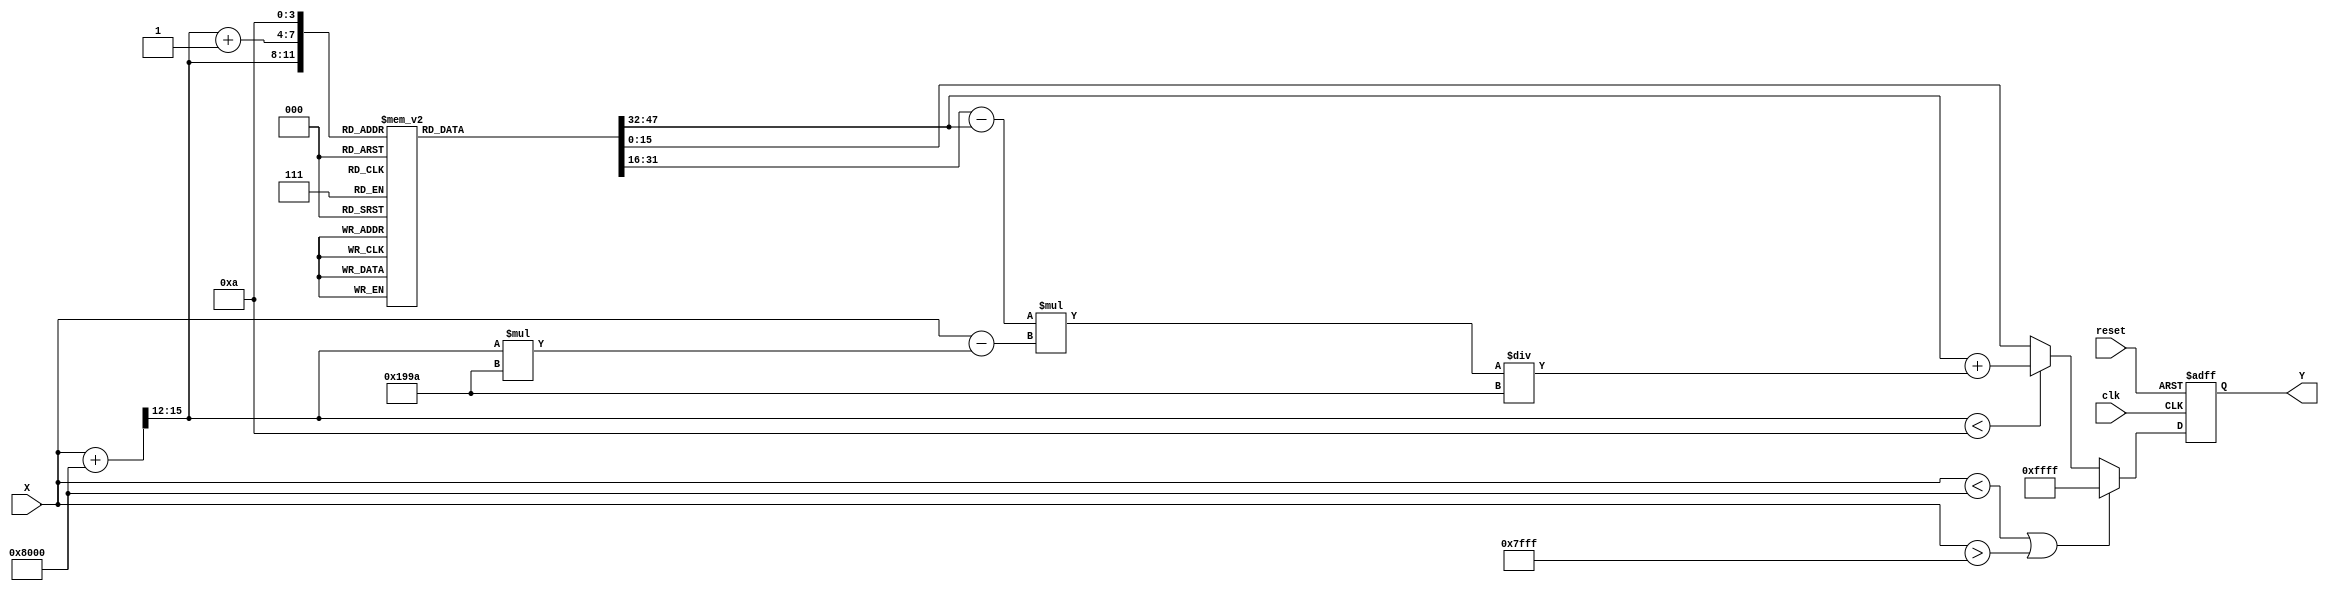
module asin_block (
    input wire clk,
    input wire reset,
    input wire signed [15:0] X, // Input sine value in fixed-point format
    output reg signed [15:0] Y   // Output angle in radians in fixed-point format
);

    // Lookup table for asin values (fixed-point representation)
    reg signed [15:0] asin_lut [0:10]; // LUT for 11 discrete values
    initial begin
        // Pre-computed asin values for discrete inputs
        asin_lut[0]  = 16'h8000; // asin(-1) = -/2
        asin_lut[1]  = 16'h0000; // asin(0) = 0
        asin_lut[2]  = 16'h3FFF; // asin(1) = /2
        // Fill in more values as needed for interpolation
        asin_lut[3]  = 16'h1C71; // asin(0.5) ~ 0.5236
        asin_lut[4]  = 16'h1A62; // asin(0.4) ~ 0.4115
        asin_lut[5]  = 16'h1745; // asin(0.3) ~ 0.3046
        asin_lut[6]  = 16'h12E4; // asin(0.2) ~ 0.20136
        asin_lut[7]  = 16'h0F9D; // asin(0.1) ~ 0.10017
        asin_lut[8]  = 16'h0D4C; // asin(0.05) ~ 0.05002
        asin_lut[9]  = 16'h0A3D; // asin(0.025) ~ 0.02500
        asin_lut[10] = 16'h0000; // asin(0) = 0
    end

    // State variables
    reg [3:0] index; // Index for LUT
    reg signed [15:0] Y_temp; // Temporary output value
    reg signed [15:0] Y1, Y2; // Interpolated values

    always @(posedge clk or posedge reset) begin
        if (reset) begin
            Y <= 16'h0000; // Reset output to 0
        end else begin
            // Input validation
            if (X < -16'h8000 || X > 16'h7FFF) begin
                Y <= 16'hFFFF; // Output NaN or error signal
            end else begin
                // Determine index for LUT (simple quantization)
                index = (X + 16'h8000) >> 12; // Scale input to LUT index (0 to 10)
                if (index < 10) begin
                    // Linear interpolation
                    Y1 = asin_lut[index];
                    Y2 = asin_lut[index + 1];
                    Y_temp = Y1 + ((Y2 - Y1) * (X - (index * 16'h199A))) / 16'h199A; // 0.1 in fixed-point
                end else begin
                    Y_temp = asin_lut[10]; // Last value
                end
                Y <= Y_temp; // Update output
            end
        end
    end
endmodule